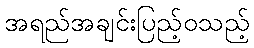
အရည်အချင်းပြည့်ဝသည့်